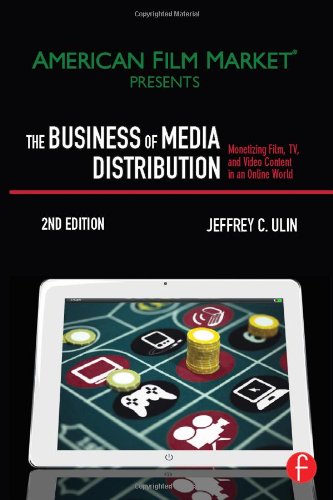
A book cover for The Business of Media Distribution: Monetizing Film, TV, and Video Content in an Online World (American Film Market Presents); Jeffrey C. Ulin; Engineering & Transportation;